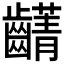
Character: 𮯖